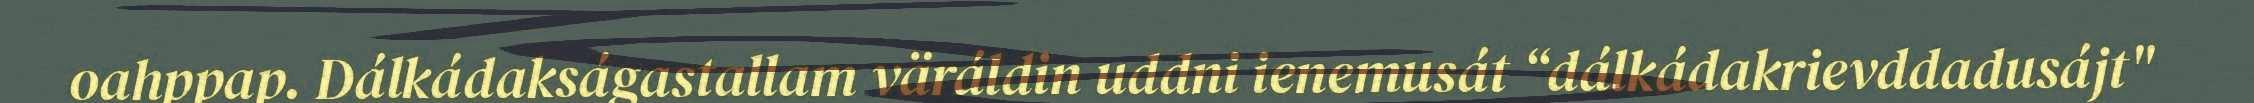
oahppap. Dálkádakságastallam väráldin uddni ienemusát “dálkádakrievddadusájt"